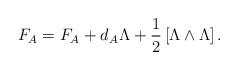
LaTeX: \begin{align*}F_{A}=F_{A^{}_{}}+d_{A^{}_{}}\Lambda+\frac{1}{2}\left[\Lambda\wedge\Lambda\right].\end{align*}